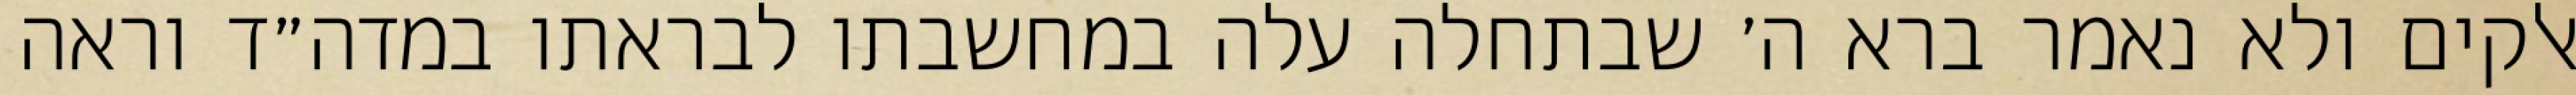
אלקים ולא נאמר ברא ה׳ שבתחלה עלה במחשבתו לבראתו במדה״ד וראה